Vabadussoja_Ajaloo_Komitee, lk 70
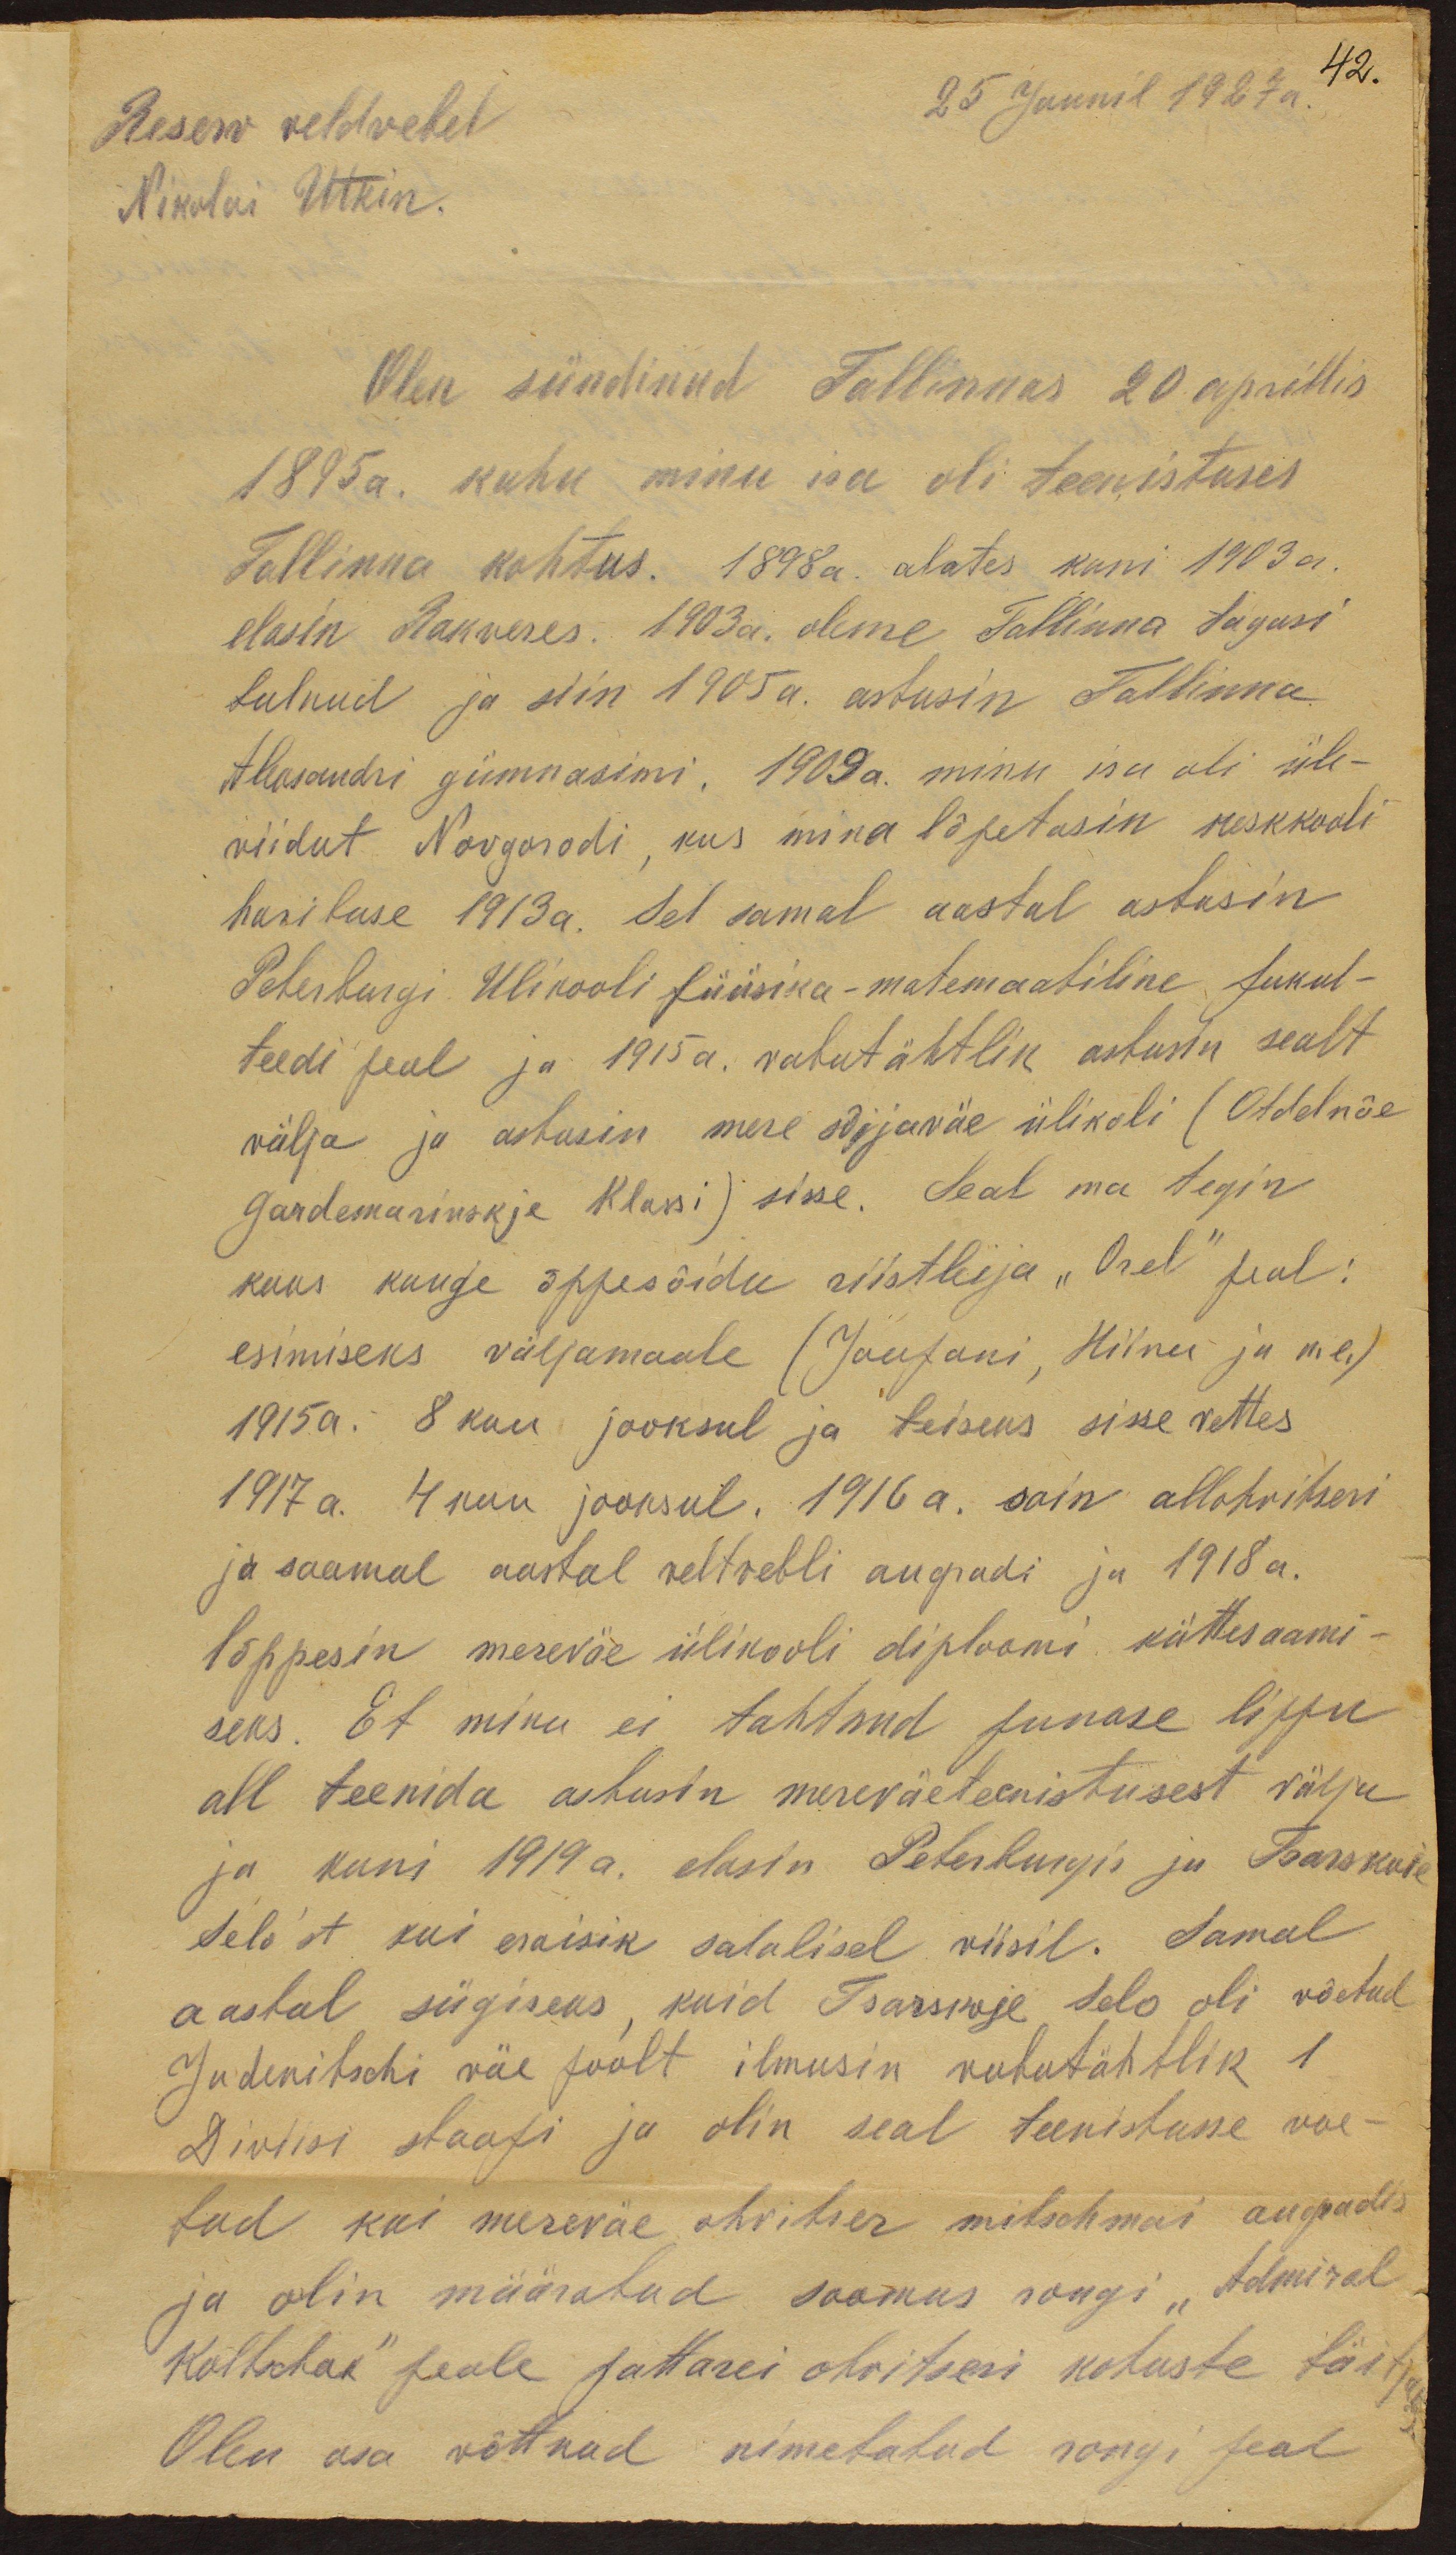
25 Juunil 1927 a.
Reserv veldvebel
Nikolai Utkin.
Olen sündinud Tallinnas 20. aprillis
1895 a. kuhu minu isa oli teenistuses
Tallinna kohtus. 1898 a. alates kuni 1903 a.
elasin Rakveres. 1903a. oleme Tallinna tagasi
tulnud ja siin 1905a. astusin Tallinna
Aleksandri gümnasimi. 1909a. minu isa oli üle-
viidut Novgorodi, kus mina lõpetasin keskkooli
harituse 1913a. Sel samal aastal astusin
Peterburgi Ülikooli füüsika-matemaatiline fukul-
teedi peal ja 1915a. vabatahtlik astusin sealt
välja ja ashusin mere sõijaväe ülikoli (Oldelnüe
Gardemarinskje Klassi) sisse. Seal ma tegin
kuus kuuge õppesõidu riistleija "Orel" peal:
esimiseks väljamaale (Jaapani, Hiina ja n.e.)
1915a. 8 kuu jooksul ja teiseks sisse vettes
1917 a. 4 kuu jooksul. 1916 a. sain allohvitseri
ja saamal aastal veltvebli augradi ja 1918 a.
lõppesin mereväe ülikooli diploomi kättesaami-
seks. Et mina ei tahtnud punase lippu
all teenida ashusin mereväeteenistusest välja
ja kuni 1919 a. elasin Peterburgis ja Tsarskoie
Selo´st kui eraisik salalisel viisil. Samal
aastal sügiseks, kuid Tsarskoje Selo oli võetud
Judenitschi väe poolt ilmusin vabatahtlik 1
Diviisi staapi ja olin seal teenistusse võe-
tud kui mereväe ohvitser mitschmai augradis
ja olin määratud saamas rongi "Admiral
Koltschak" peale pattarei ohvitseri kohuste täitjaks.
Olen osa võttnud nimetatud rongi peal